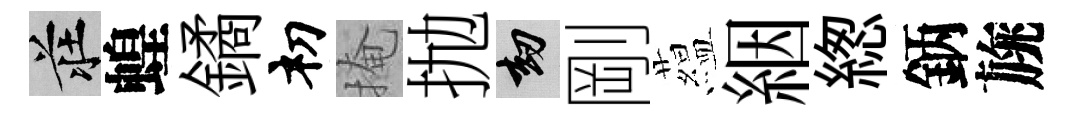
莊蝗鐍𥘉掩抛劫剛藴絪緫鈵旐